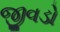
જીવડો